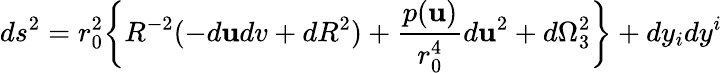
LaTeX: ds^{2}=r_{0}^{2}\bigg\{ R^{-2}(-d\mathbf{u}dv+dR^{2})+{\frac{{p(\mathbf{u})}}{{r_{0}^{4}}}}d\mathbf{u}^{2}+d\Omega_{3}^{2}\biggr\} +dy_{i}dy^{i}